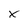
Character: X